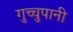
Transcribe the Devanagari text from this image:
गुच्चुपानी